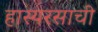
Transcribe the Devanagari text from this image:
हास्यरसाची